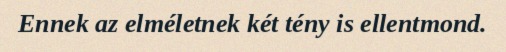
Ennek az elméletnek két tény is ellentmond.